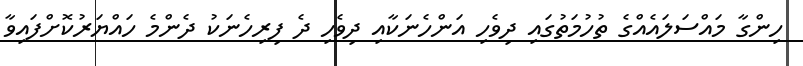
ހިންގާ މައްސަލައެއްގެ ތުހުމަތުގައި ދިވެހި އަންހެނަކާއި ދިވެހި ދެ ފިރިހެނަކު ދެންމެ ހައްޔަރުކޮށްފައިވާ